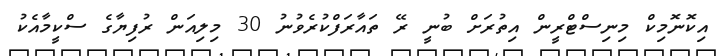
އިކޮނޮމިކް މިނިސްޓްރީން އިތުރަށް ބުނީ ރޭ ތައާރަފްކުރެވުނު 30 މިލިއަން ރުފިޔާގެ ސްކީމާއެކު